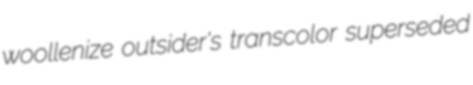
woollenize outsider's transcolor superseded